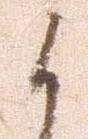
候